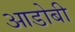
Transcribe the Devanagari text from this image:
आडोबी